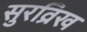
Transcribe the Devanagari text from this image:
सुरव्रिख